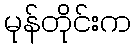
မုန်တိုင်းက